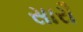
સારૌ